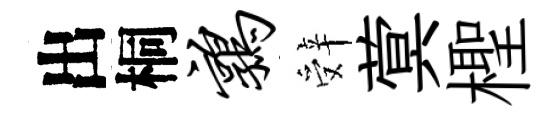
出桐鹑辤蓂檉